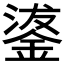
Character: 𮢗